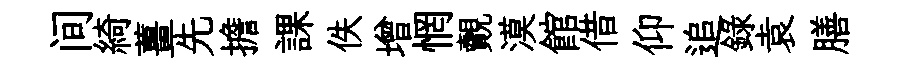
间綺薑先擔課佚增惘覿漠館借仰追録袁膳